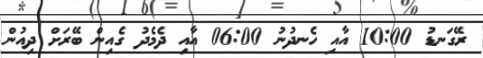
ރޭގަނޑު 10:00 އާއި ހެނދުނު 06:00 އާއި ދެމެދު ގެއިން ބޭރަށް ދިއުން